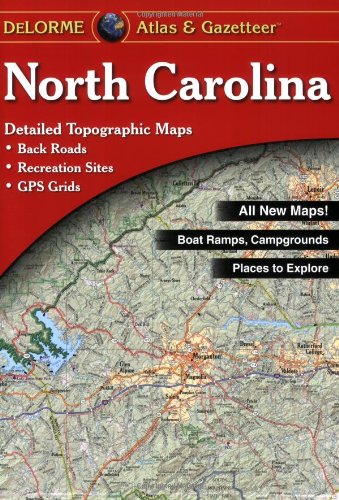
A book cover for North Carolina Atlas & Gazetteer (North Carolina Atlas and Gazetteer); Delorme; Reference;